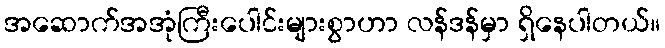
အဆောက်အအုံကြီးပေါင်းများစွာဟာ လန်ဒန်မှာ ရှိနေပါတယ်။